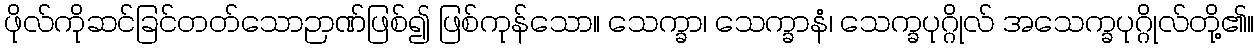
ဖိုလ်ကိုဆင်ခြင်တတ်သောဉာဏ်ဖြစ်၍ ဖြစ်ကုန်သော။ သေက္ခာ၊ သေက္ခာနံ၊ သေက္ခပုဂ္ဂိုလ် အသေက္ခပုဂ္ဂိုလ်တို့၏။